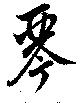
琴